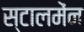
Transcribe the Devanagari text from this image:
स्टालमेंन